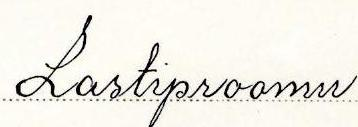
Lastiproomu